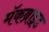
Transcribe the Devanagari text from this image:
मॅकब्राइड